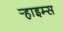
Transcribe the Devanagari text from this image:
र्‍हाइम्स